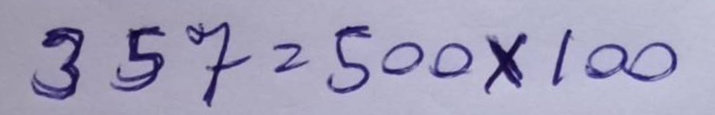
357 = 500x100